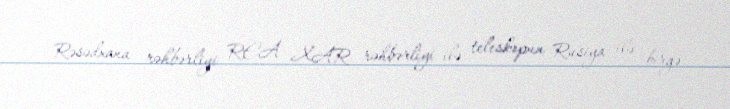
Rəsədxana rəhbərliyi REA XAR rəhbərliyi ilə teleskopun Rusiya ilə birgə